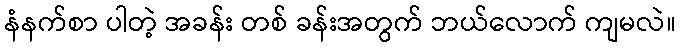
နံနက်စာ ပါတဲ့ အခန်း တစ် ခန်းအတွက် ဘယ်လောက် ကျမလဲ။